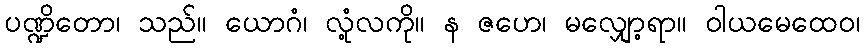
ပဏ္ဍိတော၊ သည်။ ယောဂံ၊ လုံ့လကို။ န ဇဟေ၊ မလျှော့ရာ။ ဝါယမေထေဝ၊